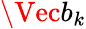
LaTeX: \Vec{b}_{k}